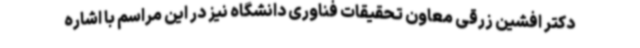
دکتر افشین زرقی معاون تحقیقات فناوری دانشگاه نیز در این مراسم با اشاره